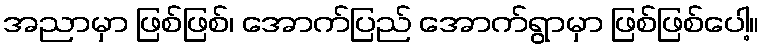
အညာမှာ ဖြစ်ဖြစ်၊ အောက်ပြည် အောက်ရွာမှာ ဖြစ်ဖြစ်ပေါ့။